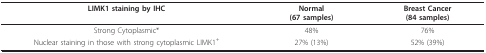
<table><thead><tr><td><b>LIMK1 staining by IHC</b></td><td><b>Normal(67 samples)</b></td><td><b>Breast Cancer(84 samples)</b></td></tr></thead><tbody><tr><td>Strong Cytoplasmic*</td><td>48%</td><td>76%</td></tr><tr><td>Nuclear staining in those with strong cytoplasmic LIMK1<sup>+</sup></td><td>27% (13%)</td><td>52% (39%)</td></tr></tbody></table>